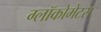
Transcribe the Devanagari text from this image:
ग्लॉकोमेटस